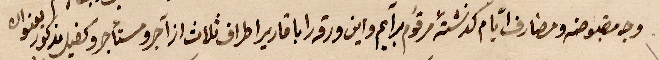
وج مقبوضة ومصارف أيام ... مرقوم برايم وأين ورقة .. ارطاف ثلاثة اوا آجر مستأجر وكفيل مذكور بعنوان